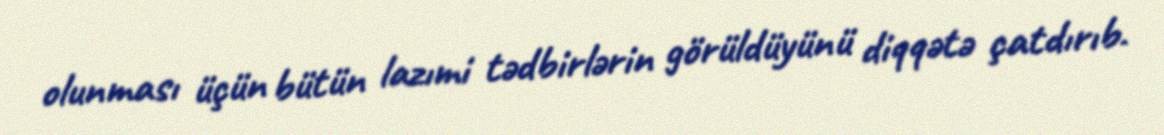
olunması üçün bütün lazımi tədbirlərin görüldüyünü diqqətə çatdırıb.